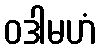
ဝဒါမဟံ